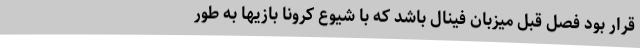
قرار بود فصل قبل میزبان فینال باشد که با شیوع کرونا بازیها به طور